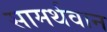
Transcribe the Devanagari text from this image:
सामर्थवान